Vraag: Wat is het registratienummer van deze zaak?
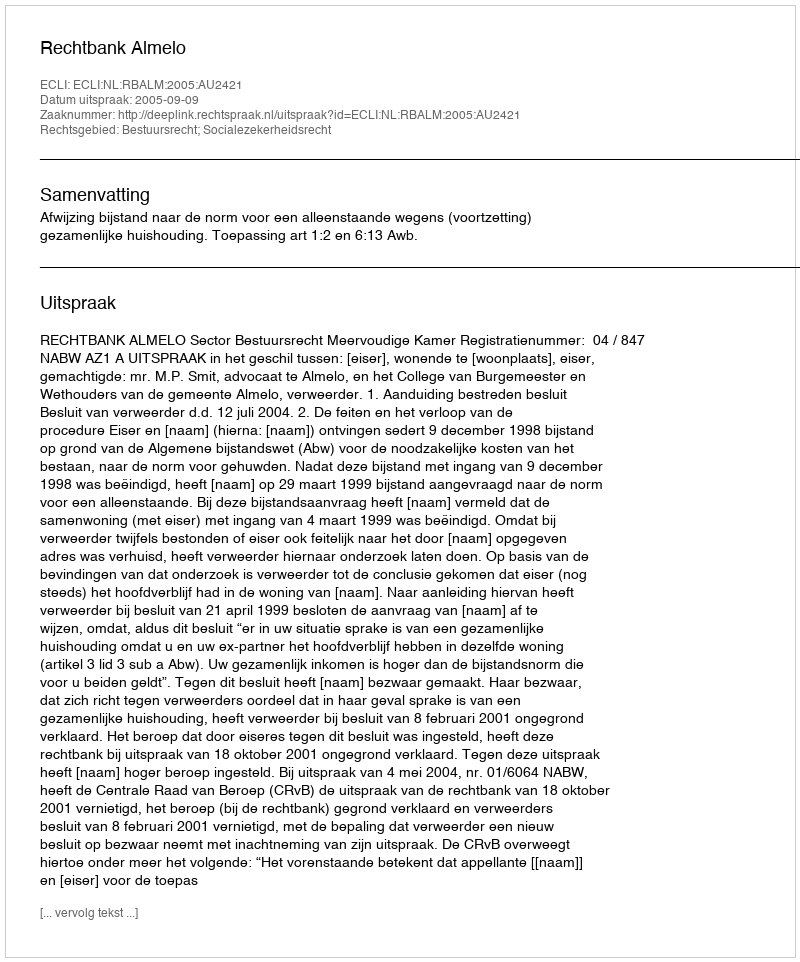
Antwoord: http://deeplink.rechtspraak.nl/uitspraak?id=ECLI:NL:RBALM:2005:AU2421